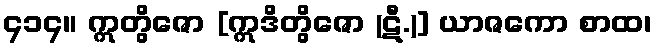
၄၁၄။ ဣတွိဇော [ဣဒိတွိဇော (ဋီ.)] ယာဇကော စာထ၊